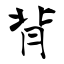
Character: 背